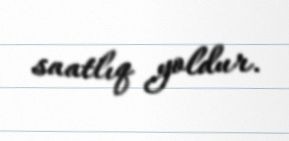
saatlıq yoldur.